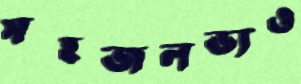
সহজলভ্যও